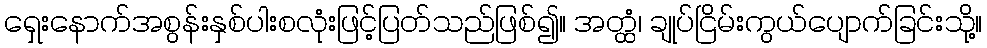
ရှေးနောက်အစွန်းနှစ်ပါးစလုံးဖြင့်ပြတ်သည်ဖြစ်၍။ အတ္ထံ၊ ချုပ်ငြိမ်းကွယ်ပျောက်ခြင်းသို့။